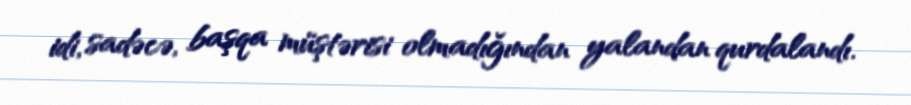
idi, sadəcə, başqa müştərisi olmadığından yalandan qurdalandı.